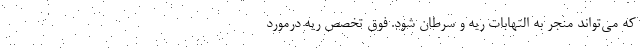
که می‌تواند منجر به التهابات ریه و سرطان شود. فوق تخصص ریه درمورد